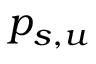
p _ { s , u }